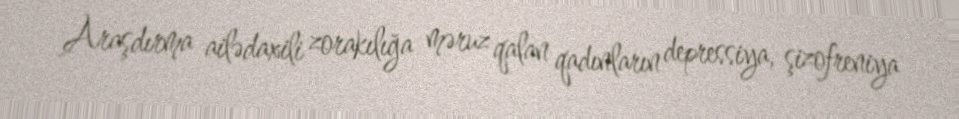
Araşdırma ailədaxili zorakılığa məruz qalan qadınların depressiya, şizofreniya